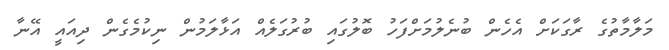
މަލާމާތުގެ ރާގަކަށް އެހެން ބުނެލުމަށްފަހު ބޮލުގައި ބުރުގަލެއް އަޅާލަމުން ނިކުމެގެން ދިއައީ އޭނާ